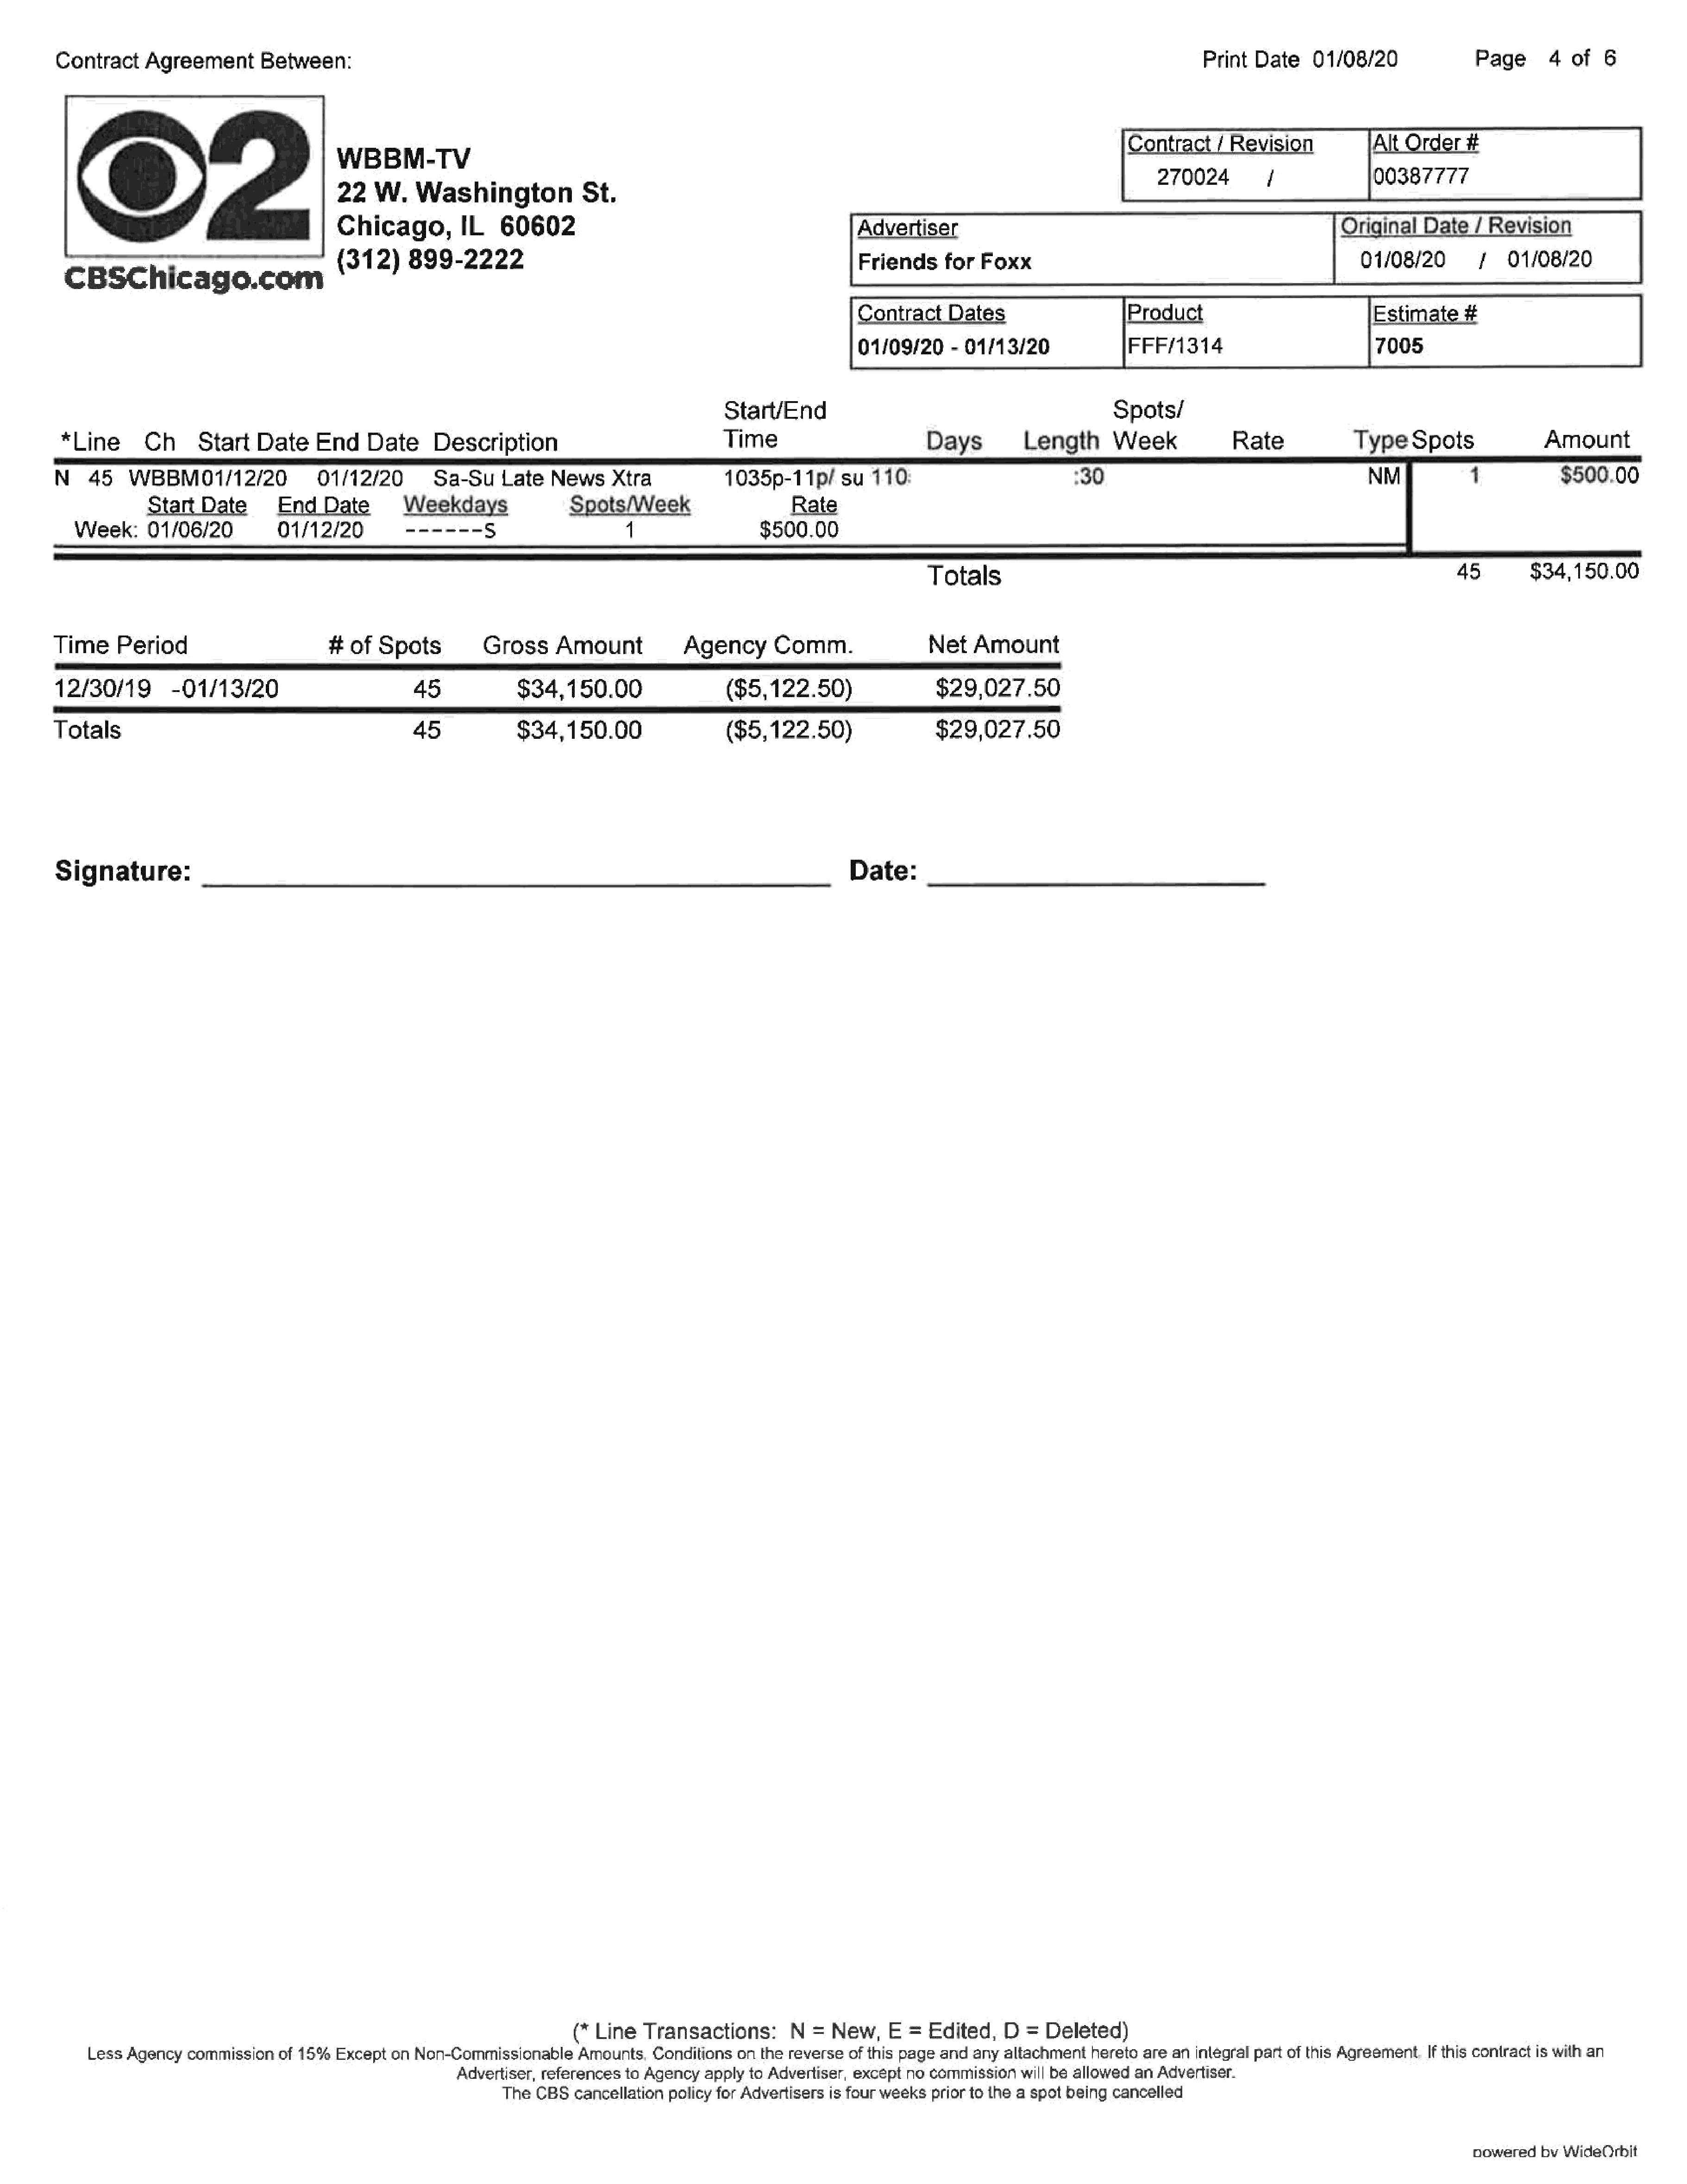
Contract     Agreement       Between:                                                                                                                               Print  Date     01/08/20               Page      4   of  6
 /                                     It       rH
 WBBN-TV
 22   W.    Washington           St.                                                                                   e7en2d         i              poser7a
 Chicago,          IL    60602                                              Advertiser                                                           Original    Date   7 Revision
 CBSChicago.                            (312)     899-2222                                                         Friends     for  Foxx                                                   01/08/20        /    01/08/20
 Contract     Dates                    Product                            Estimate     #
 01/09/20     - 01/13/20               FFF/4314                            7005
 Start/End                                              Spots/
 *Line       Ch     Start    Date    End     Date     Description                              Time                          Days          Length      Week             Rate              Type    Spots              Amount
 N    45   WBBM01/12/20               01/12/20         Sa-Su     Late   News    Xtra             1035p-11p/      su   110:                         :30                                       NM            1            $500.00
 StartDate          Date              Weekdays                Spots/Week                     Rate
 Week:     01/06/20           01/12/20          ------     Ss                   i                  $500.00
 45         $34,150.00
 Totals
 Time     Period                        #of    Spots          GrossAmount                  Agency       Comm.                 Net   Amount
 12/30/19         -01/13/20                         45             $34,150.00                    ($5,122.50)                   $29,027.50
 Totals                                             45             $34,150.00                    ($5,122.50)                   $29,027.50
 Signature:                                                                                                        Date:
 (* Line   Transactions:        N  =  New,E      =  Edited,    D  =  Deleted)
 Less Agency   commission   of 15%  Except  on Non-Commissionable      Amounts,  Conditions  on  the reverseof  this page and  any  altachmenthereto   are  an inlegral part of this Agreement. If this contractis with an
 Advertiser, references  to Agencyapply    to Advertiser, except  no commissionwill   be allowed  an Advertiser.
 The  CBScancellationpolicy    for Advertisers  is four weeksprior  to the a spotbeing  cancelled
 powered  by WideOrbit